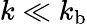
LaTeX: k\ll k_{\mathrm{b}}